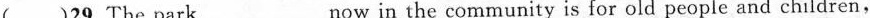
( )29.The park___now in the community is for old people and children,